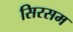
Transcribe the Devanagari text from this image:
सिरसम